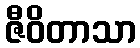
ဇီဝိတာသာ